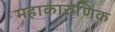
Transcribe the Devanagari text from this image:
महाकारुणिक